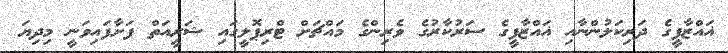
ޣައްޒާފީގެ ދަރިކަލުންނާއި ޣައްޒާފީގެ ސަރުކާރުގެ ވެރިންގެ މައްޗަށް ޓްރިޕޮލީގައި ޝަރީއަތް ފަށާފައިވަނީ މިދިޔަ